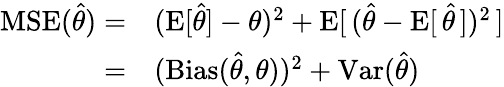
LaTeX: \begin{array}{rl}{\operatorname{MSE}({\hat{\theta}})=}&{{}(\operatorname{E}[{\hat{\theta}}]-\theta)^{2}+\operatorname{E}[\, ({\hat{\theta}}-\operatorname{E}[\, {\hat{\theta}}\, ])^{2}\, ]}\\ {=}&{{}(\operatorname{Bias}({\hat{\theta}},\theta))^{2}+\operatorname{Var}({\hat{\theta}})}\end{array}